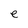
Character: e